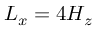
L _ { x } = 4 H _ { z }